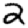
Digit: 2